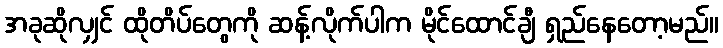
အခုဆိုလျှင် ထိုတိပ်တွေကို ဆန့်လိုက်ပါက မိုင်ထောင်ချီ ရှည်နေတော့မည်။